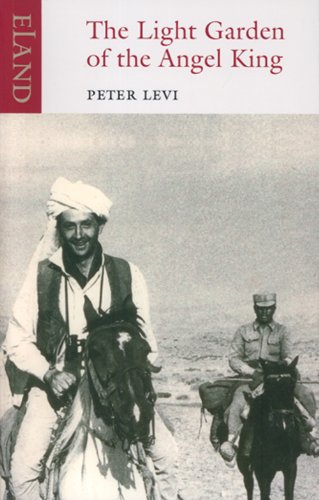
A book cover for The Light Garden of the Angel King: Journeys in Afghanistan; Peter Levi; Travel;